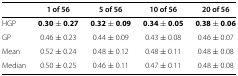
|  | 1 of 56 | 5 of 56 | 10 of 56 | 20 of 56 |
 | --- | --- | --- | --- | --- |
 | HGP | 0 . 30±0 . 27 | 0 . 32±0 . 09 | 0 . 34±0 . 05 | 0 . 38±0 . 06 |
 | GP | 0.46±0.23 | 0.44±0.09 | 0.43±0.08 | 0.46±0.07 |
 | Mean | 0.52±0.24 | 0.48±0.12 | 0.48±0.11 | 0.48±0.08 |
 | Median | 0.50±0.25 | 0.46±0.11 | 0.47±0.11 | 0.48±0.08 |